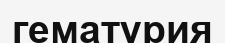
гематурия